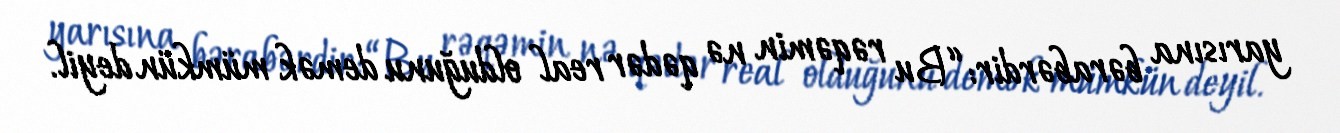
yarısına bərabərdir: “Bu rəqəmin nə qədər real olduğunu demək mümkün deyil.